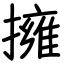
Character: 擁